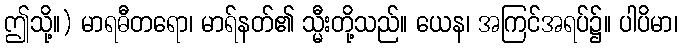
ဤသို့။) မာရဓီတရော၊ မာရ်နတ်၏ သ္မီးတို့သည်။ ယေန၊ အကြင်အရပ်၌။ ပါပိမာ၊